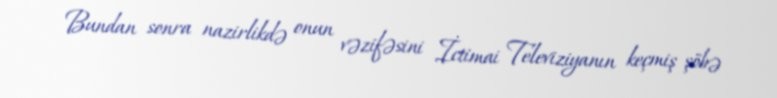
Bundan sonra nazirlikdə onun vəzifəsini İctimai Televiziyanın keçmiş şöbə